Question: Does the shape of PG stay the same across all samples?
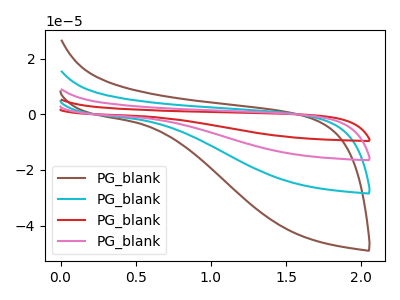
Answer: <think>The brown curve "PG_blank1" has no peaks. The cyan curve "PG_blank2" has no peaks. The red curve "PG_blank3" has no peaks. The pink curve "PG_blank4" has no peaks.
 Neither "PG_blank1" or "PG_blank2" have any peaks. Neither "PG_blank1" or "PG_blank3" have any peaks. Neither "PG_blank1" or "PG_blank4" have any peaks. Neither "PG_blank2" or "PG_blank3" have any peaks. Neither "PG_blank2" or "PG_blank4" have any peaks. Neither "PG_blank3" or "PG_blank4" have any peaks.</think>
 <answer>All the CV's of "PG" have similar shape.</answer>
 <eval>follow_rule</eval>